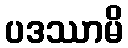
ပဒဿာမိ